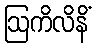
ဩကိလိနိံ